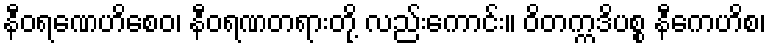
နီဝရဏေဟိစေဝ၊ နီဝရဏတရားတို့ လည်းကောင်း။ ဝိတက္ကဒိပစ္စ နီကေဟိစ၊